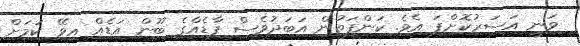
ވަނީ އަސަރުކޮށްފަ އެވެ. ކަންފަތުން އަބަދުވެސް ފާޑެއްގެ ބޫން އަޑެއް އިވޭ ކަމަށް